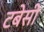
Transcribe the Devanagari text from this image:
टबेसी